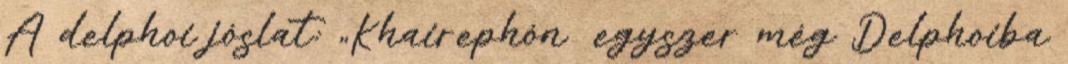
A delphoi jóslat: „Khairephón egyszer még Delphoiba